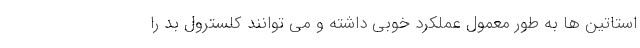
استاتین ها به طور معمول عملکرد خوبی داشته و می توانند کلسترول بد را